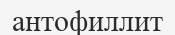
антофиллит